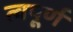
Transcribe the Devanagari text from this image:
त्वपूर्ण